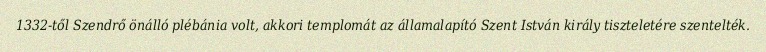
1332-től Szendrő önálló plébánia volt, akkori templomát az államalapító Szent István király tiszteletére szentelték.